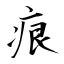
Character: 痕